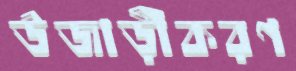
উজাড়ীকরণ